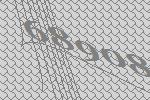
68908